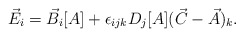
\begin{align*}\vec{E}_{i}=\vec{B}_{i}[A] + \epsilon_{ijk}D_{j}[A](\vec{C}-\vec{A})_{k}.\end{align*}